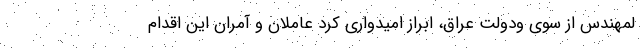
لمهندس از سوی ودولت عراق، ابراز امیدواری کرد عاملان و آمران این اقدام